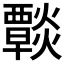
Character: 𤑶